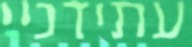
עתידניי